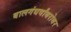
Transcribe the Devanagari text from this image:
बालगंधर्वांबरोबर